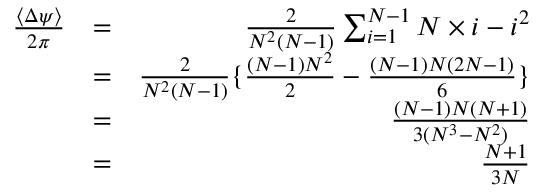
\begin{array} { r l r } { \frac { \langle \Delta \psi \rangle } { 2 \pi } } & { = } & { \frac { 2 } { N ^ { 2 } ( N - 1 ) } \sum _ { i = 1 } ^ { N - 1 } N \times i - i ^ { 2 } } \\ & { = } & { \frac { 2 } { N ^ { 2 } ( N - 1 ) } \lbrace \frac { ( N - 1 ) N ^ { 2 } } { 2 } - \frac { ( N - 1 ) N ( 2 N - 1 ) } { 6 } \rbrace } \\ & { = } & { \frac { ( N - 1 ) N ( N + 1 ) } { 3 ( N ^ { 3 } - N ^ { 2 } ) } } \\ & { = } & { \frac { N + 1 } { 3 N } } \end{array}